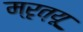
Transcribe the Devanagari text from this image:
म्रृत्यू